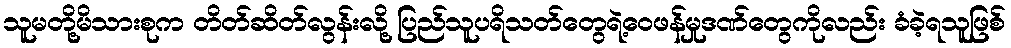
သူမတို့မိသားစုက တိတ်ဆိတ်လွန်းလို့ ပြည်သူပရိသတ်တွေရဲ့ဝေဖန်မှုဒဏ်တွေကိုလည်း ခံခဲ့ရသူဖြစ်